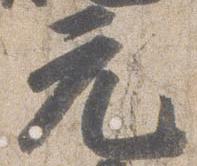
元